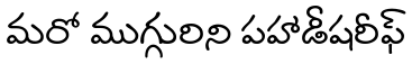
మరో ముగ్గురిని పహాడీషరీఫ్